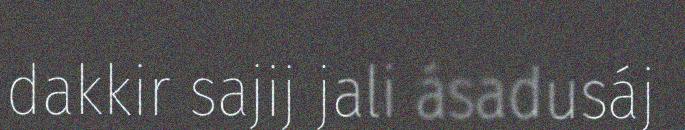
dakkir sajij jali ásadusáj